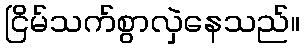
ငြိမ်သက်စွာလှဲနေသည်။